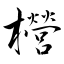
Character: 櫿